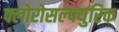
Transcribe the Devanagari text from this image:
फ्लोरोसल्फ्युरिक